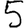
Digit: 5